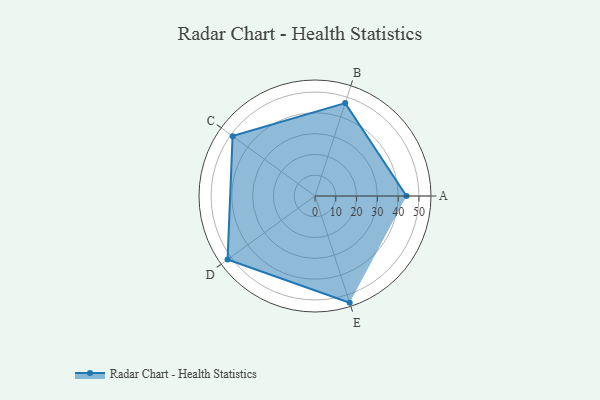
{"axis": {"x": "Skill", "y": "Score"}, "legend": ["Profile"], "data": [{"x": "A", "y": 44.0, "type": "Profile"}, {"x": "B", "y": 47.0, "type": "Profile"}, {"x": "C", "y": 49.0, "type": "Profile"}, {"x": "D", "y": 52.0, "type": "Profile"}, {"x": "E", "y": 54.0, "type": "Profile"}]}